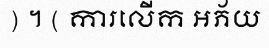
) ។ ( ការលើក អភ័យ